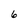
Character: 6